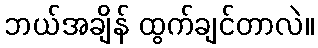
ဘယ်အချိန် ထွက်ချင်တာလဲ။